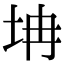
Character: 㘱